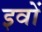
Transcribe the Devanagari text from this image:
इवों